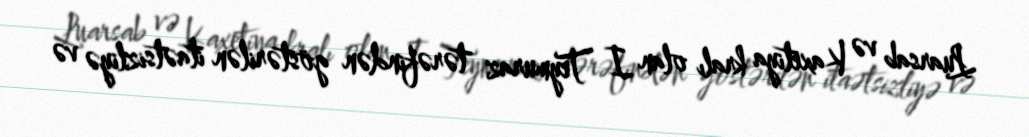
Luarsab və Kaxetiya kralı olan I Teymuraz tərəfindən göstərilən itaətsizliyə və